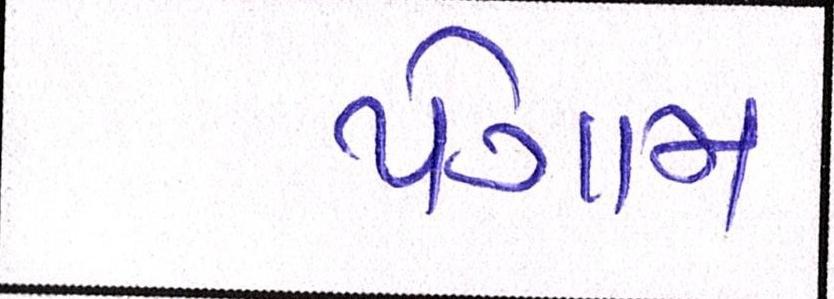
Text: પૈગામ